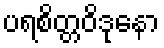
ပရစိတ္တဝိဒုနော